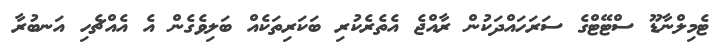
ޓެމިލްނާޑޫ ސްޓޭޓްގެ ސަރަހައްދަކުން ރާއްޖެ އެތެރެކުރި ބަކަރިތަކެއް ބަލިވެގެން އެ އެއްޗެހި އަނބުރާ